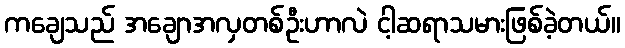
ကချေသည် အချောအလှတစ်ဦးဟာလဲ ငါ့ဆရာသမားဖြစ်ခဲ့တယ်။